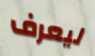
ليعرف